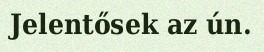
Jelentősek az ún.